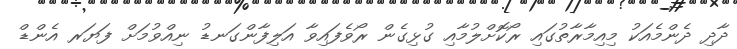
ދާދި ދެންމެއަކު މިއިމާރާތުގައި ރޯކޮށްލުމާއި ގުޅިގެން ރޯވެފައިވާ އަލިފާންގަނޑު ނިއްވުމަށް ފަޔަރ އެންޑް